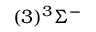
( 3 ) ^ { 3 } \Sigma ^ { - }